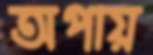
অপায়